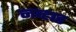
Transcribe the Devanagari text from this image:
नव्हात